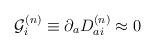
LaTeX: \begin{align*}{\cal G}_i^{(n)} \equiv \partial_aD_{ai}^{(n)} \approx 0\end{align*}